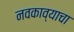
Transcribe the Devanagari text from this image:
नवकाव्याचा